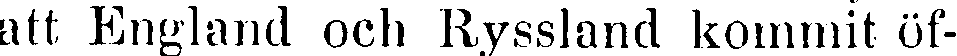
att England och Ryssland kommit öf-